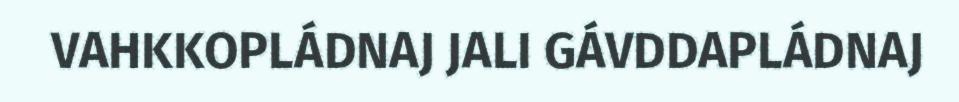
VAHKKOPLÁDNAJ JALI GÁVDDAPLÁDNAJ